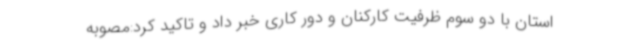
استان با دو سوم ظرفیت کارکنان و دور کاری خبر داد و تاکید کرد:مصوبه